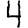
Digit: 4